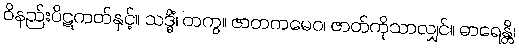
ဝိနည်းပိဋကတ်နှင့်။ သဒ္ဓိံ၊ တကွ။ ဇာတကမေဝ၊ ဇာတ်ကိုသာလျှင်။ ဓာရေန္တိ၊